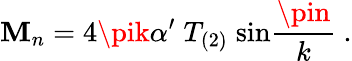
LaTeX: \mathbf{M}_{n}=4\pik\alpha^{\prime}\; T_{(2)}\; \mathrm{{sin}}{\frac{{\pin}}{{k}}}\ .